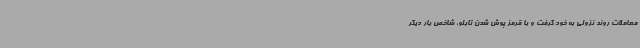
معاملات روند نزولی به خود گرفت و با قرمز پوش شدن تابلو، شاخص بار دیگر